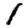
Digit: 1